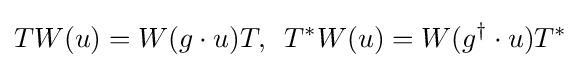
TW(u)=W(g\cdot u)T,\,\,\,T^{*}W(u)=W(g^{\dagger }\cdot u)T^{*}